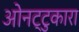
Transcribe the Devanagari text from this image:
ओनट्टुकारा